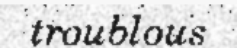
troublous